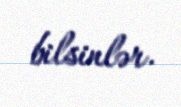
bilsinlər.